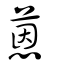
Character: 蒽